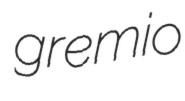
gremio